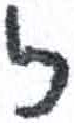
אות: ז